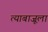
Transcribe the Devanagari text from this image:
त्याबाजूला